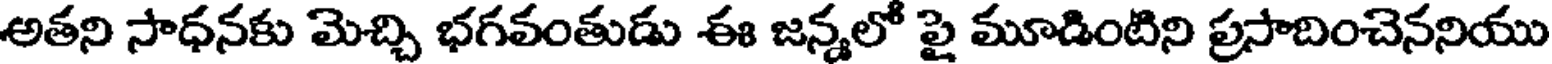
అతని సాధనకు మెచ్చి భగవంతుడు ఈ జన్నలో పై మూడింటిని ప్రసాదించెననియు